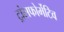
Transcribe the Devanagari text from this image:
ट्रांसफोर्मेटिव